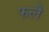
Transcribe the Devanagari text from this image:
फलै